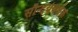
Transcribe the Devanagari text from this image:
सौन्दर्यवर्धक